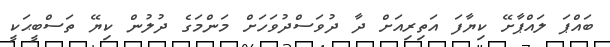
ބައްޕަ ލައްޕާށޭ ކިޔާފަ އަތިރިއަށް ދާ ދުވަސްދުވަހަށް މަންމަގެ ދުލުން ކިޔޭ ތަސްބީޙަކީ